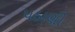
પઠાણી